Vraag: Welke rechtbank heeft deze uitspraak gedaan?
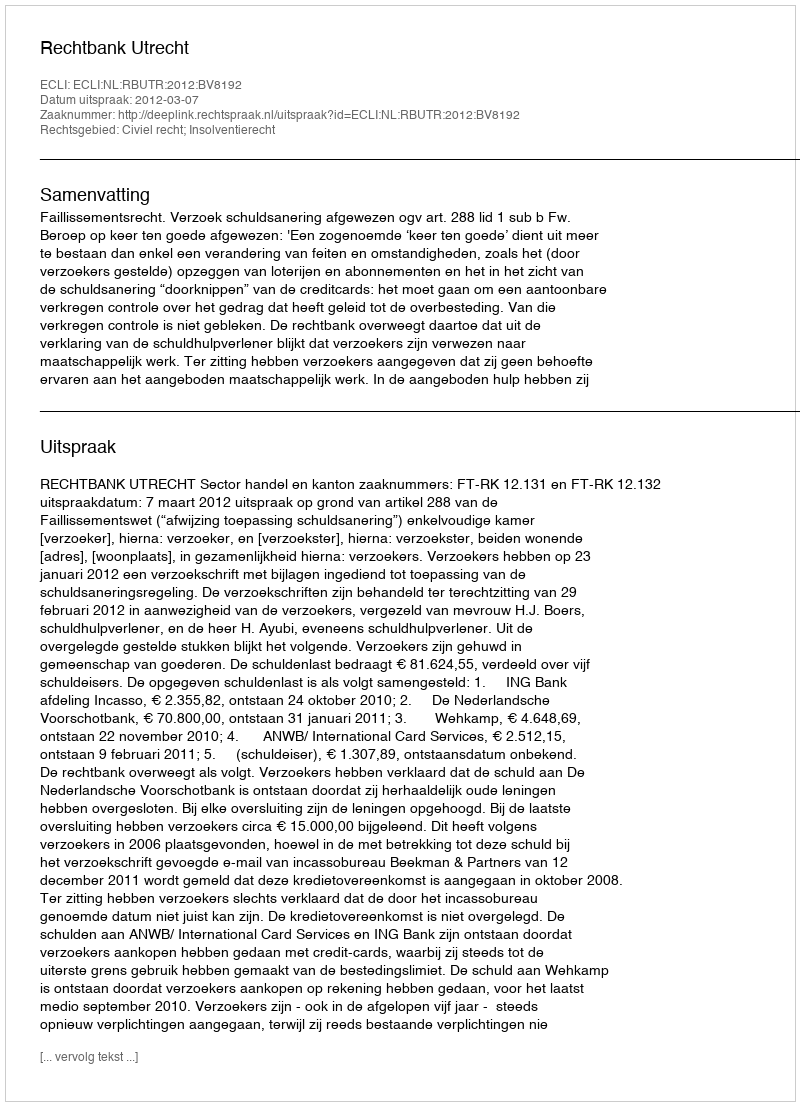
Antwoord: Rechtbank Utrecht